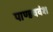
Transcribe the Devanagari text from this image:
पाण्डववंश